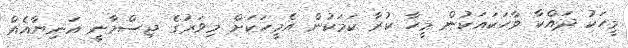
މީހަކު ދައްކާ ވާހަކައަކުން މީހާ ކުރާ ކަމަކުން އެމީހަކަށް މިވަރުގެ ޖިސްމާނީ އަނިޔާއެއް